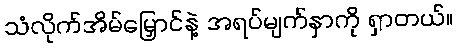
သံလိုက်အိမ်မြှောင်နဲ့ အရပ်မျက်နှာကို ရှာတယ်။